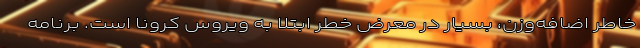
خاطر اضافه‌وزن، بسیار در معرض خطر ابتلا به ویروس کرونا است. برنامه